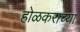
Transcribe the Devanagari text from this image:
होळकराच्या